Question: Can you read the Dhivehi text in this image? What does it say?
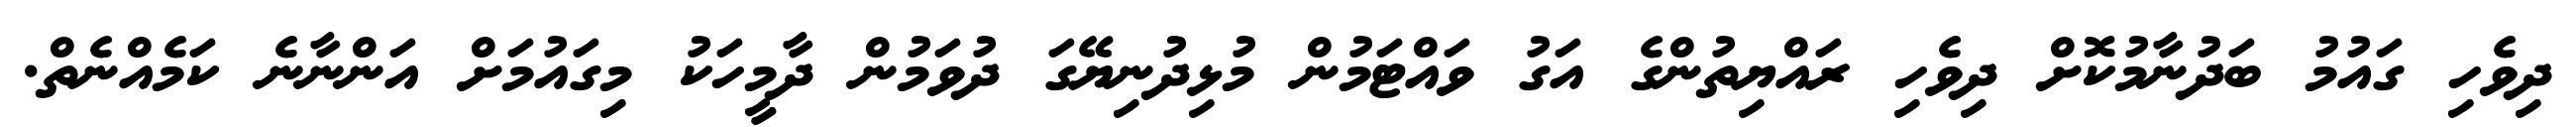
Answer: ދިވެހި ގައުމު ބަދުނާމުކޮށް ދިވެހި ރައްޔިތުންގެ އަގު ވައްޓަމުން މުޅިދުނިޔޭގަ ދުވަމުން ދާމީހަކު މިގައުމަށް އަންނާނެ ކަމެއްނެތް.